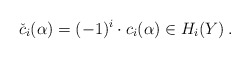
\begin{align*}\check{c}_{i}(\alpha) = (-1)^{i}\cdot c_{i}(\alpha) \in H_{i}(Y) \: .\end{align*}